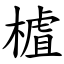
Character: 樝